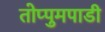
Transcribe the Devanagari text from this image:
तोप्पुमपाडी